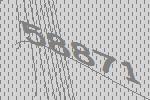
58871